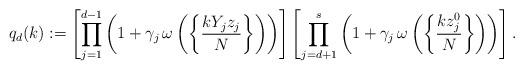
LaTeX: \begin{align*}q_d(k) &:=\left[\prod_{j=1}^{d-1} \left( 1 + \gamma_j \, \omega\left( \left\{ \frac{k Y_j z_j}{N} \right\} \right) \right)\right]\left[\prod_{j=d+1}^{s} \left( 1 + \gamma_j \, \omega\left( \left\{ \frac{k z_j^0}{N} \right\} \right) \right)\right].\end{align*}